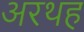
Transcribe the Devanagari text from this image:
अरथह